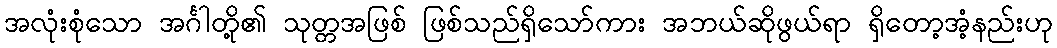
အလုံးစုံသော အင်္ဂါတို့၏ သုတ္တအဖြစ် ဖြစ်သည်ရှိသော်ကား အဘယ်ဆိုဖွယ်ရာ ရှိတော့အံ့နည်းဟု